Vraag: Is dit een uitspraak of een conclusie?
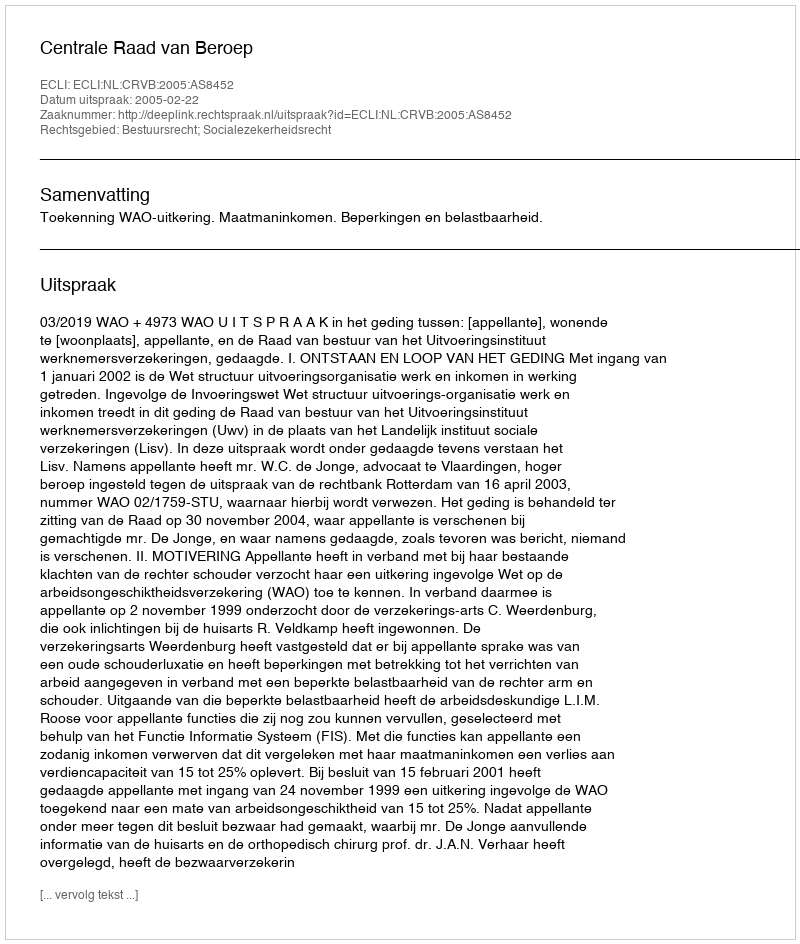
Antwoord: Uitspraak